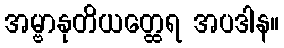
အမ္ဗာနုတိယတ္ထေရ အပဒါန။